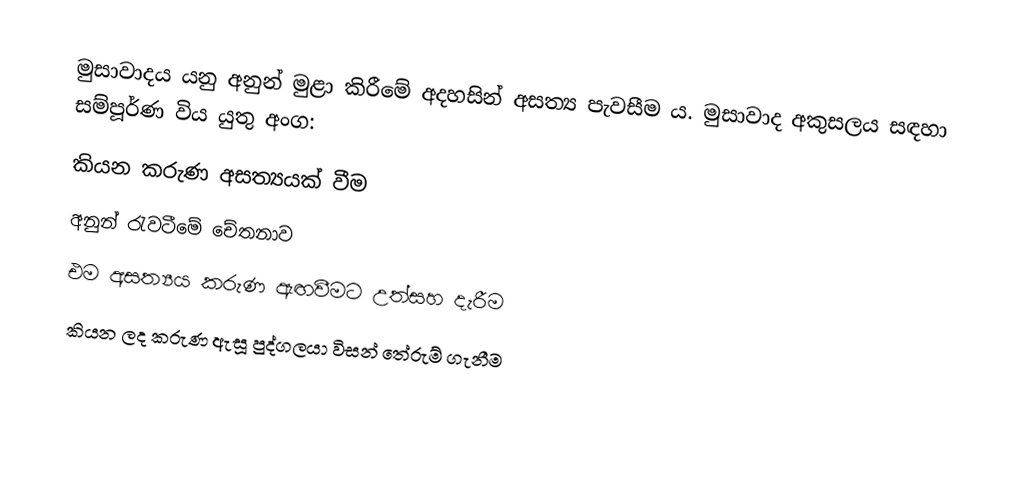
මුසාවාදය යනු අනුන් මුළා කිරීමේ අදහසින් අසත්‍ය පැවසීම ය. මුසාවාද අකුසලය සඳහා සම්පූර්ණ විය යුතු අංග:
 කියන කරුණ අසත්‍යයක් වීම
 අනුන් රැවටීමේ චේතනාව
 එම අසත්‍යය කරුණ ඇඟවීමට උත්සහ දැරීම
 කියන ලද කරුණ ඇසූ පුද්ගලයා විසන් තේරුම් ගැනීම